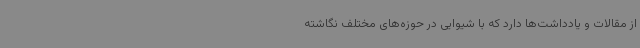
از مقالات و یادداشت‌ها دارد که با شیوایی در حوزه‌های مختلف نگاشته